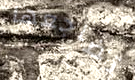
تضاجعها